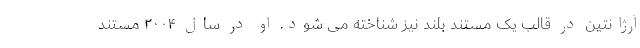
آرژانتین در قالب یک مستند بلند نیز شناخته می شود. او در سال ۲۰۰۴ مستند